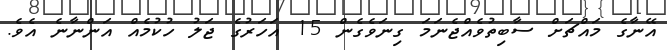
އޭނާގެ މައްޗަށް ސާބިތުވެއްޖެނަމަ ގިނަވެގެން 15 އަހަރުގެ ޖަލު ހުކުމެއް އަންނާނެ އެވެ.